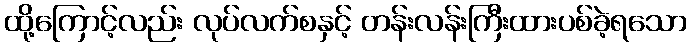
ထို့ကြောင့်လည်း လုပ်လက်စနှင့် တန်းလန်းကြီးထားပစ်ခဲ့ရသော